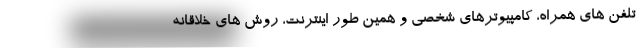
تلفن های همراه، کامپیوترهای شخصی و همین طور اینترنت، روش های خلاقانه